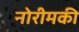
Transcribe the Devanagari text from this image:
नोरीमकी